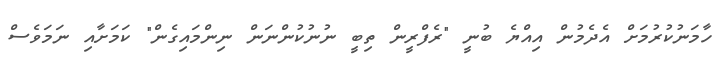
ހާމަނުކުރުމަށް އެދެމުން އިއްޔެ ބުނީ "ރެފްރީން ތިބީ ނުނުކުންނަން ނިންމައިގެން" ކަމަށާއި ނަމަވެސް